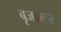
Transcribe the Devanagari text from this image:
बृजामार